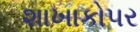
શાખાકો૫ર